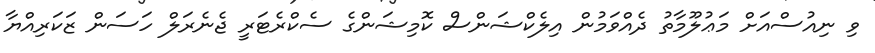
ވި ނިއުސްއަށް މަޢުލޫމާތު ދެއްވަމުން އިލެކްޝަންސް ކޮމިޝަންގެ ސެކްރެޓަރީ ޖެނެރަލް ހަސަން ޒަކަރިއްޔާ